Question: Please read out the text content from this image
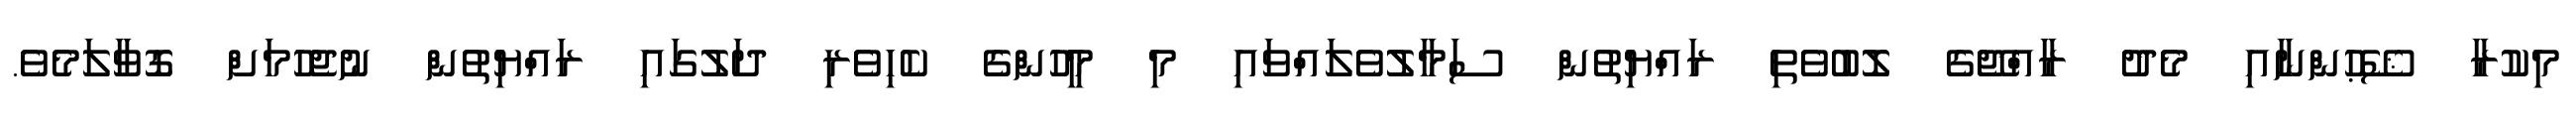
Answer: މިކުރާ ޝޭޙުންނާއި މެދު ރާއްޖޭގެ ލޮބުވެތި ރައްޔިތުން ސަމާލުވެލައްވައި މި މީހުންގެ ކެހިވެރި ދަލުގައި ރައްޔިތުން ނުޖެހުމަށް ގޮވާލަމެވެ.